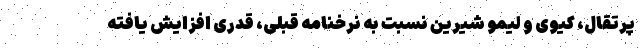
پرتقال، کیوی و لیمو شیرین نسبت به نرخنامه قبلی، قدری افزایش یافته